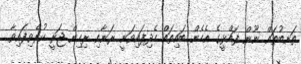
ތަނބުތައް ނޫން ފައްޅީގެ އެހެން ބައިތައް ހެދިފައިވަނީ ރަނާއި ރިހިން ޖަރީ ކުރެވިފައިވާ